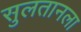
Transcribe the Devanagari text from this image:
सुलतानला